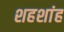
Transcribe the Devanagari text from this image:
शहशांह